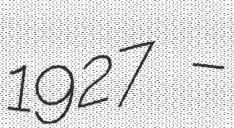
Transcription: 1927 –